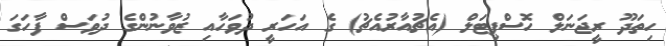
ހިތަދޫ ރީޖަނަލް ހޮސްޕިޓަލް (އެޗުއާރުއެޗު) ގެ އަހަރީ ދުވަހާއި ޒުވާނުންގެ ދުވަސް ފާހަގަ